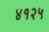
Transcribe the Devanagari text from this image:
४१२५